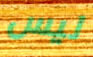
ليس